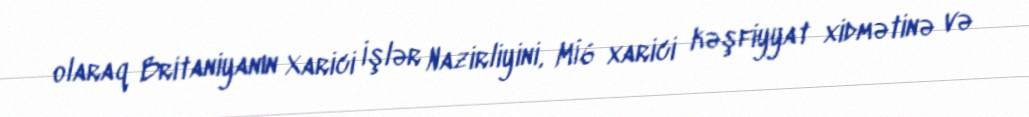
olaraq Britaniyanın Xarici İşlər Nazirliyini, Mİ6 xarici kəşfiyyat xidmətinə və